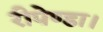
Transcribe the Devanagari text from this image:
रीपेण्डा।